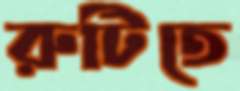
রুটিতে